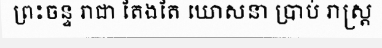
ព្រះចន្ទ រាជា តែងតែ ឃោសនា ប្រាប់ រាស្ត្រ